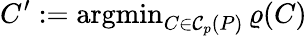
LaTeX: C^{\prime}:=\operatorname{argmin}_{C\in\mathcal{C}_{p}(P)}\varrho(C)